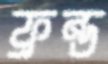
ফ্রন্ড